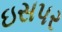
ઇસપર